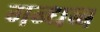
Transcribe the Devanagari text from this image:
गन्धब्ब